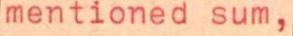
mentioned sum,